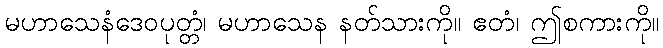
မဟာသေနံဒေဝပုတ္တံ၊ မဟာသေန နတ်သားကို။ ဧတံ၊ ဤစကားကို။